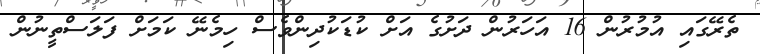
ތެރޭގައި އުމުރުން 16 އަހަރުން ދަށުގެ އަށް ކުޑަކުދިންވެސް ހިމެނޭ ކަމަށް ފަލަސްތީނުން